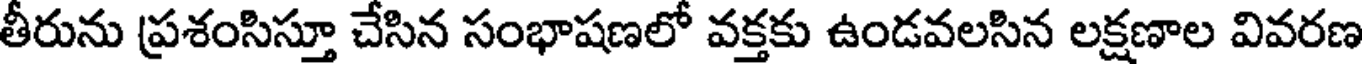
తీరును ప్రశంసిస్తూ చేసిన సంభాషణలో వక్తకు ఉండవలసిన లక్షణాల వివరణ